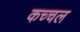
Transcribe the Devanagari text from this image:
कच्चल